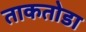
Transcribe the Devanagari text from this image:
ताकतोडा